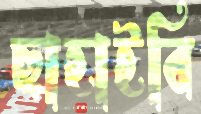
ছাহাইবি